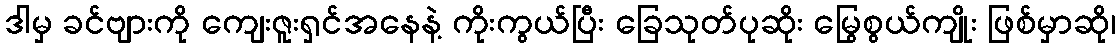
ဒါမှ ခင်ဗျားကို ကျေးဇူးရှင်အနေနဲ့ ကိုးကွယ်ပြီး ခြေသုတ်ပုဆိုး မြွေစွယ်ကျိုး ဖြစ်မှာဆို၊